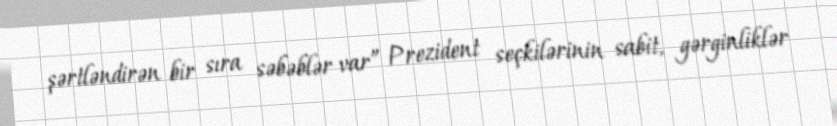
şərtləndirən bir sıra səbəblər var” Prezident seçkilərinin sabit, gərginliklər